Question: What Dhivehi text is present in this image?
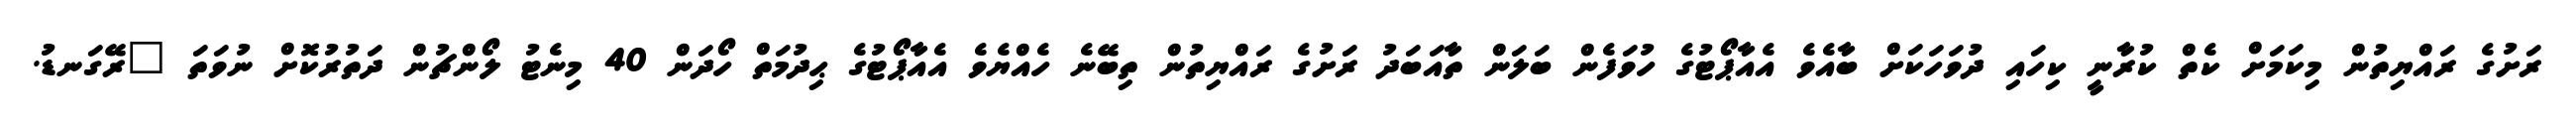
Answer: ރަށުގެ ރައްޔިތުން މިކަމަށް ކެތް ކުރާނީ ކިހައި ދުވަހަކަށް ބާއެވެ އެއާޕޯޓުގެ ހުވަފެން ބަލަން ތާއަބަދު ރަށުގެ ރައްޔިތުން ތިބޭނެ ހެއްޔެވެ އެއާޕޯޓުގެ ޙިދުމަތް ހޯދަން 40 މިނެޓު ލޯންޗުން ދަތުރުކޮށް ނުވަތަ "ރޭގަނޑު.